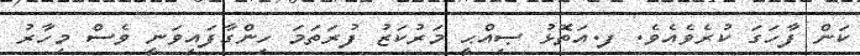
ކަން ފާހަގަ ކުރެވެއެވެ. ފ.އަތޮޅު ޞިއްޙީ މަރުކަޒު ފުރަތަމަ ހިންގާފައިވަނީ ވެސް މިހާރު